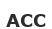
АСС